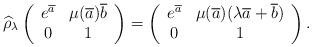
LaTeX: \begin{align*}\widehat{\rho}_\lambda \left(\begin{array}{cc}e^{\overline{a}} & \mu(\overline{a})\overline{b}\\0 & 1\end{array}\right)=\left(\begin{array}{cc}e^{\overline{a}} & \mu(\overline{a})(\lambda \overline{a} + \overline{b})\\0 & 1\end{array}\right).\end{align*}